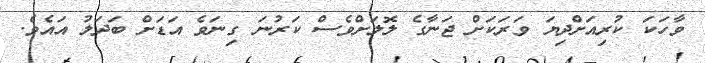
ވާހަކަ ކުރިއަށްދިޔަ ވަރަކަށް ޖަނާގެ ލޮލަށްވެސް ކަރުނަ ގިނަވެ އަޑަށް ބަދަލު އައެވެ.